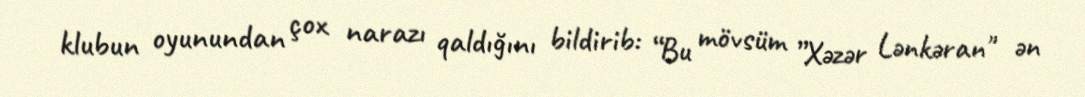
klubun oyunundan çox narazı qaldığını bildirib: “Bu mövsüm ”Xəzər Lənkəran" ən